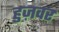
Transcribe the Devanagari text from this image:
हुज़वर